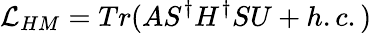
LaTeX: {\cal L}_{HM}=Tr(AS^{\dagger}H^{\dagger}SU+h.c.)